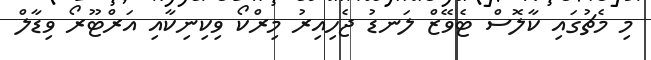
މި މެޗުގައި ކާލޮސް ޓެވޭޒް ލަނޑު ޖެހިއިރު މިރްކޯ ވިކިނިކާއި އަރްޓޫރޯ ވިޑާލް